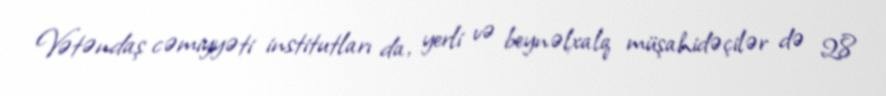
Vətəndaş cəmiyyəti institutları da, yerli və beynəlxalq müşahidəçilər də 28